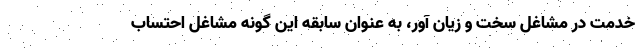
خدمت در مشاغل سخت و زیان آور، به عنوان سابقه این گونه مشاغل احتساب